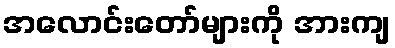
အလောင်းတော်များကို အားကျ